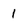
Character: 1